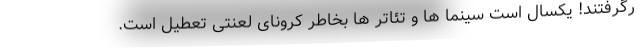
رگرفتند! یکسال است سینما ها و تئاتر ها بخاطر کرونای لعنتی تعطیل است.